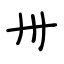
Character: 卅